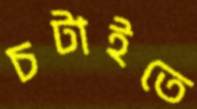
চটাইতে